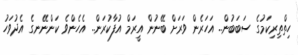
ހިތްތިރިކަމުގެ ސަބަބުން.. އަހަރެން ވަރަށް ބޭނުން އީރަމް އުފާކުރަން.. އެހެންވެ ކަންނޭނގެ އެދުވަހު